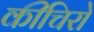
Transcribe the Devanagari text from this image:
कीचिरो